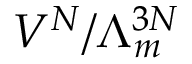
V ^ { N } / \Lambda _ { m } ^ { 3 N }